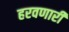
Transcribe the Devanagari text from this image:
हरवणारी